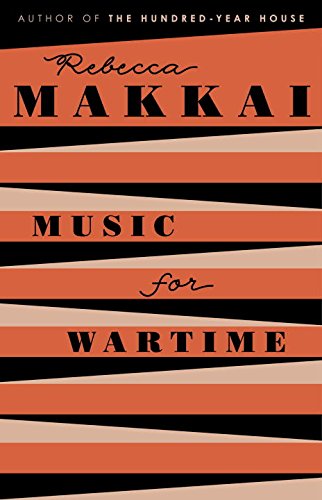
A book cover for Music for Wartime: Stories; Rebecca Makkai; Literature & Fiction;